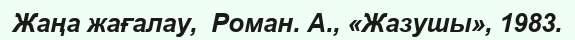
Жаңа жағалау,  Роман. А., «Жазушы», 1983.